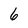
Character: 6